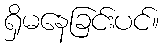
ရှိမနေခြင်းပင်။